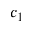
c _ { 1 }